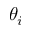
\theta _ { i }